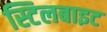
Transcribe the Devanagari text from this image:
स्टिलबाइट